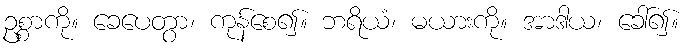
ဥစ္စာကို။ ခေပေတွာ၊ ကုန်စေ၍။ ဘရိယံ၊ မယားကို။ အာဒါယ၊ ခေါ်၍။